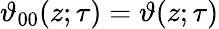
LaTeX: \vartheta_{00}(z;\tau)=\vartheta(z;\tau)